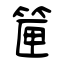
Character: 筪